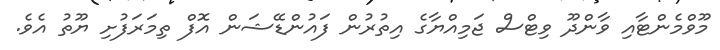
މޫވްމެންޓާއި ވާންދޫ ވިޓްސް ޖަމިއްޔާގެ އިތުރުން ފައުންޑޭޝަން އޮފް ތިމަރަފުށި ޔޫތު އެވެ.